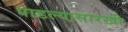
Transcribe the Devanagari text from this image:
पाडल्यासारखी